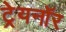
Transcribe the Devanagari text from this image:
ट्रेयनॉर